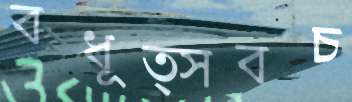
বধূত্সবচ